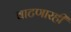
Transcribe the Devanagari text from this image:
वाटणारही